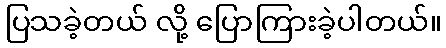
ပြသခဲ့တယ် လို့ ပြောကြားခဲ့ပါတယ်။